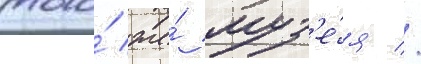
того́ же́ муз'е́я //